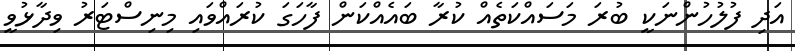
އަދި ފުލުހުންނަކީ ބުރަ މަސައްކަތެއް ކުރާ ބައެއްކަން ފާހަގަ ކުރައްވައި މިނިސްޓަރު ވިދާޅުވީ